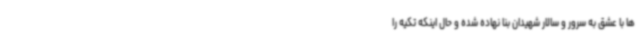
ها با عشق به سرور و سالار شهیدان بنا نهاده شده و حال اینکه تکیه را